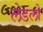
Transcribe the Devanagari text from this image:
लेडलो